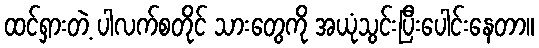
ထင်ရှားတဲ့ ပါလက်စတိုင် သားတွေကို အယုံသွင်းပြီးပေါင်းနေတာ။